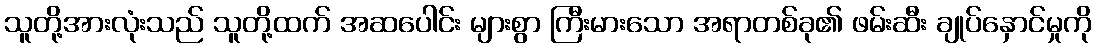
သူတို့အားလုံးသည် သူတို့ထက် အဆပေါင်း များစွာ ကြီးမားသော အရာတစ်ခု၏ ဖမ်းဆီး ချုပ်နှောင်မှုကို